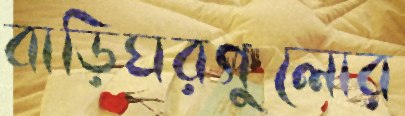
বাড়িঘরগুলোর